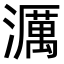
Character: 濿